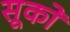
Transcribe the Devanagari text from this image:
सूकों